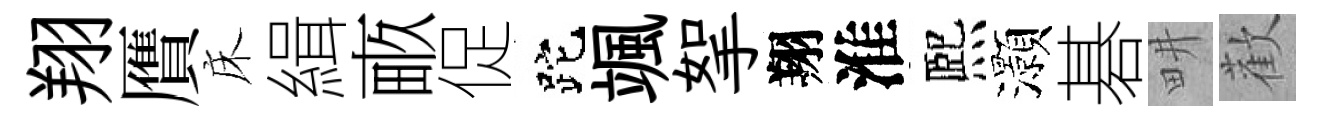
翔贋床緝畞促跎颯挐翔淮熈灝碁畊歡